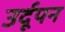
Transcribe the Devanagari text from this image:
उर्दूपन